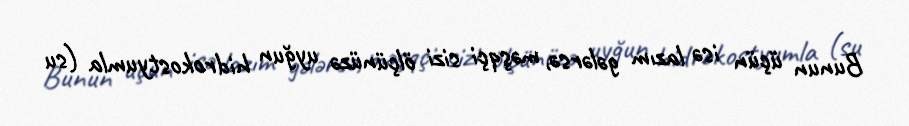
Bunun üçün isə lazım gələrsə, məşqçi sizi ölçünüzə uyğun hidrokostyumla (su